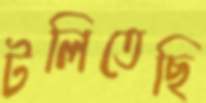
টলিতেছি